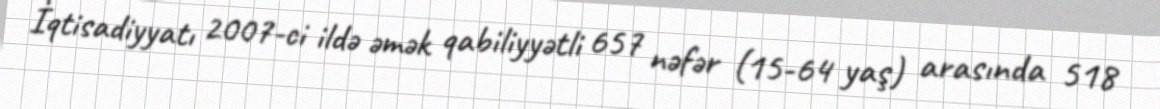
İqtisadiyyatı 2007-ci ildə əmək qabiliyyətli 657 nəfər (15-64 yaş) arasında 518